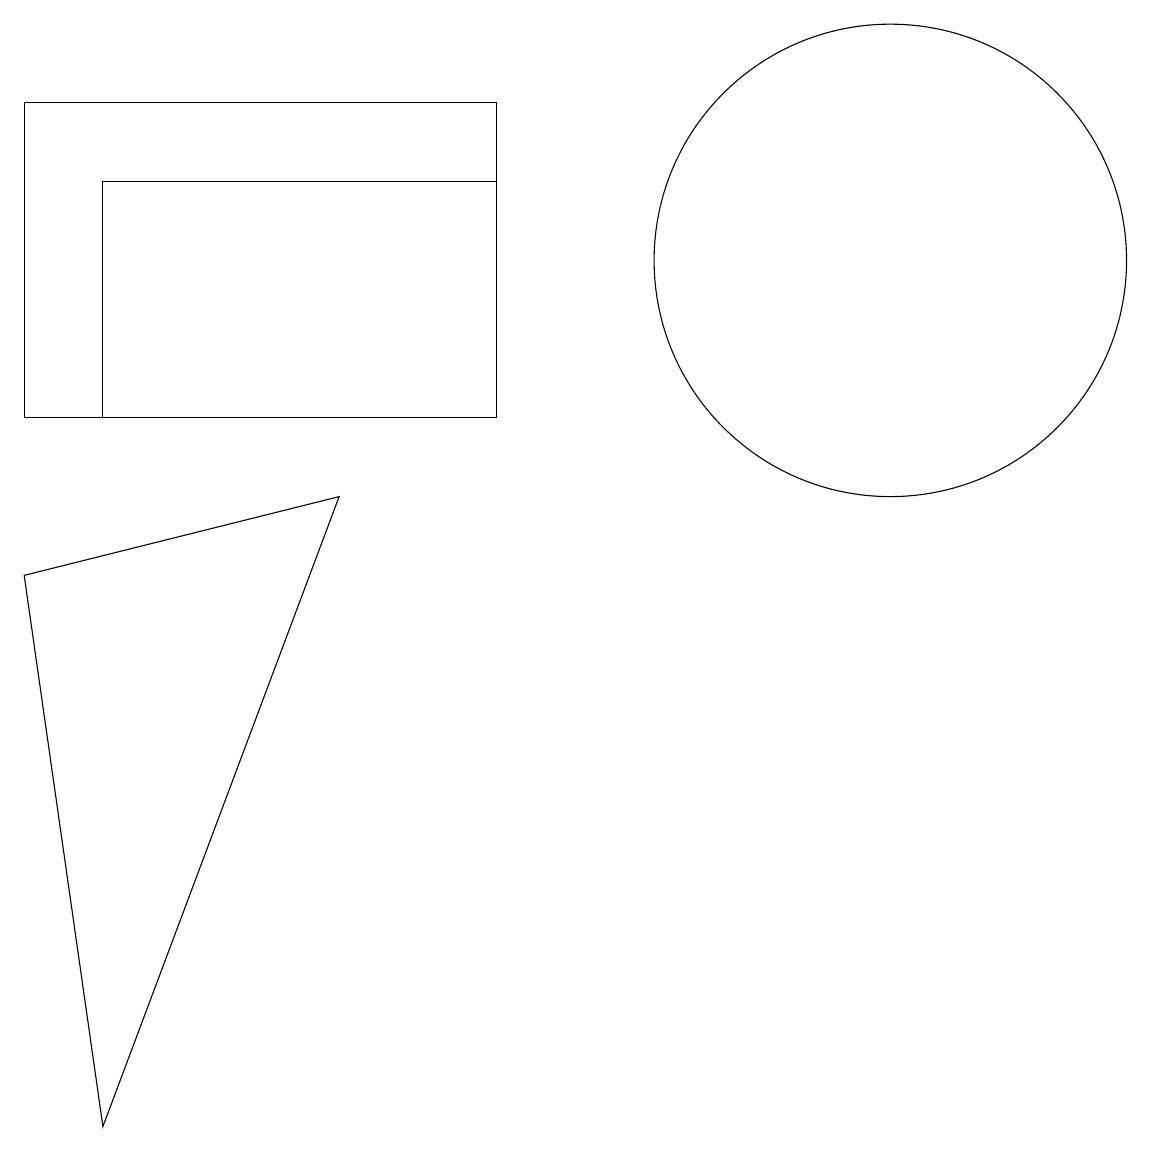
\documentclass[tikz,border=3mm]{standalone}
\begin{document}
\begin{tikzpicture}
\draw (0,14) rectangle (6,10);
\draw (10,12) circle (0);
\draw (6,13) rectangle (1,10);
\draw (4,9) -- (0,8) -- (1,1) -- cycle;
\draw (11,12) circle (3);
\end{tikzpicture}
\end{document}